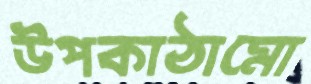
উপকাঠামো